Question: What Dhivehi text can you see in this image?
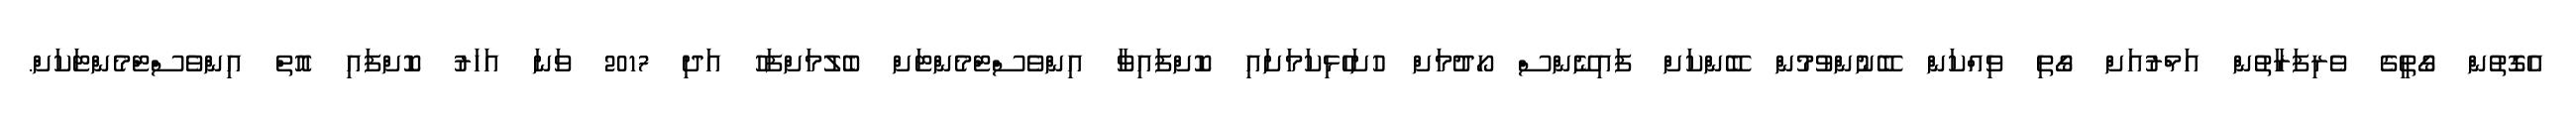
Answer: އެގޮތުން ގޯތީގެ ވެރިފަރާތުން އަމްރުއަށް ގޯތި ވިއްކަން ބޭނުންވުމުން ބޭންކަށް ފައިނޭންސް ހޯދުމަށް ހުށަހެޅިކަމަށައި ކޮށްފައިވާ އިންވެސްޓްމެންޓަށް ބެލުމަށްފަހު އަދި 2017 ވަނަ އަހަރު ކޮށްފައި އޮތް އިންވެސްޓްމެންޓަކަށް.